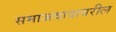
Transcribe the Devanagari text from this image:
समाजवादावरील